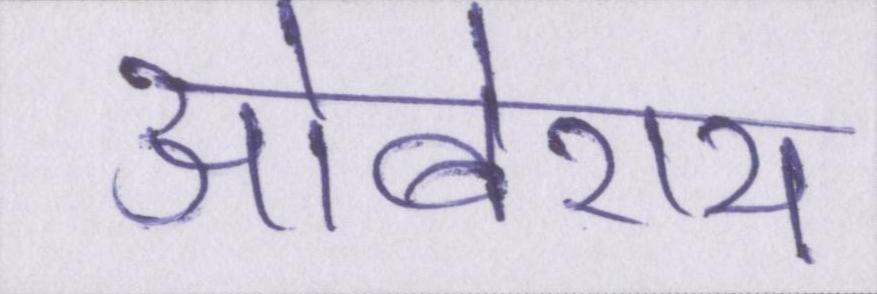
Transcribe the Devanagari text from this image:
ओबेराय